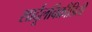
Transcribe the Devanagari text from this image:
शार्दूलविक्रीडिती